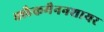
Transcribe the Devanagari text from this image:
क्लैकमैननशायर